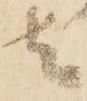
者